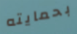
بحمايته